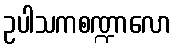
ဥပါသကစဏ္ဍာလော